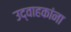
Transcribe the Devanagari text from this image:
उद्वाहकांना